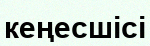
кеңесшісі